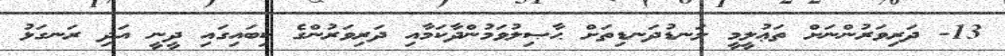
13- ދަރިވަރުންނަށް ތަޢުލީމީ ލަނޑުދަނޑިތަށް ޙާޞިލުވަމުންދާކަމާއި ދަރިވަރުންގެ ކިބައިގައި ދީނީ އަދި ރަނގަޅު